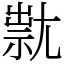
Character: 㞊